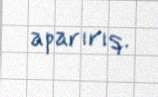
aparırıq.